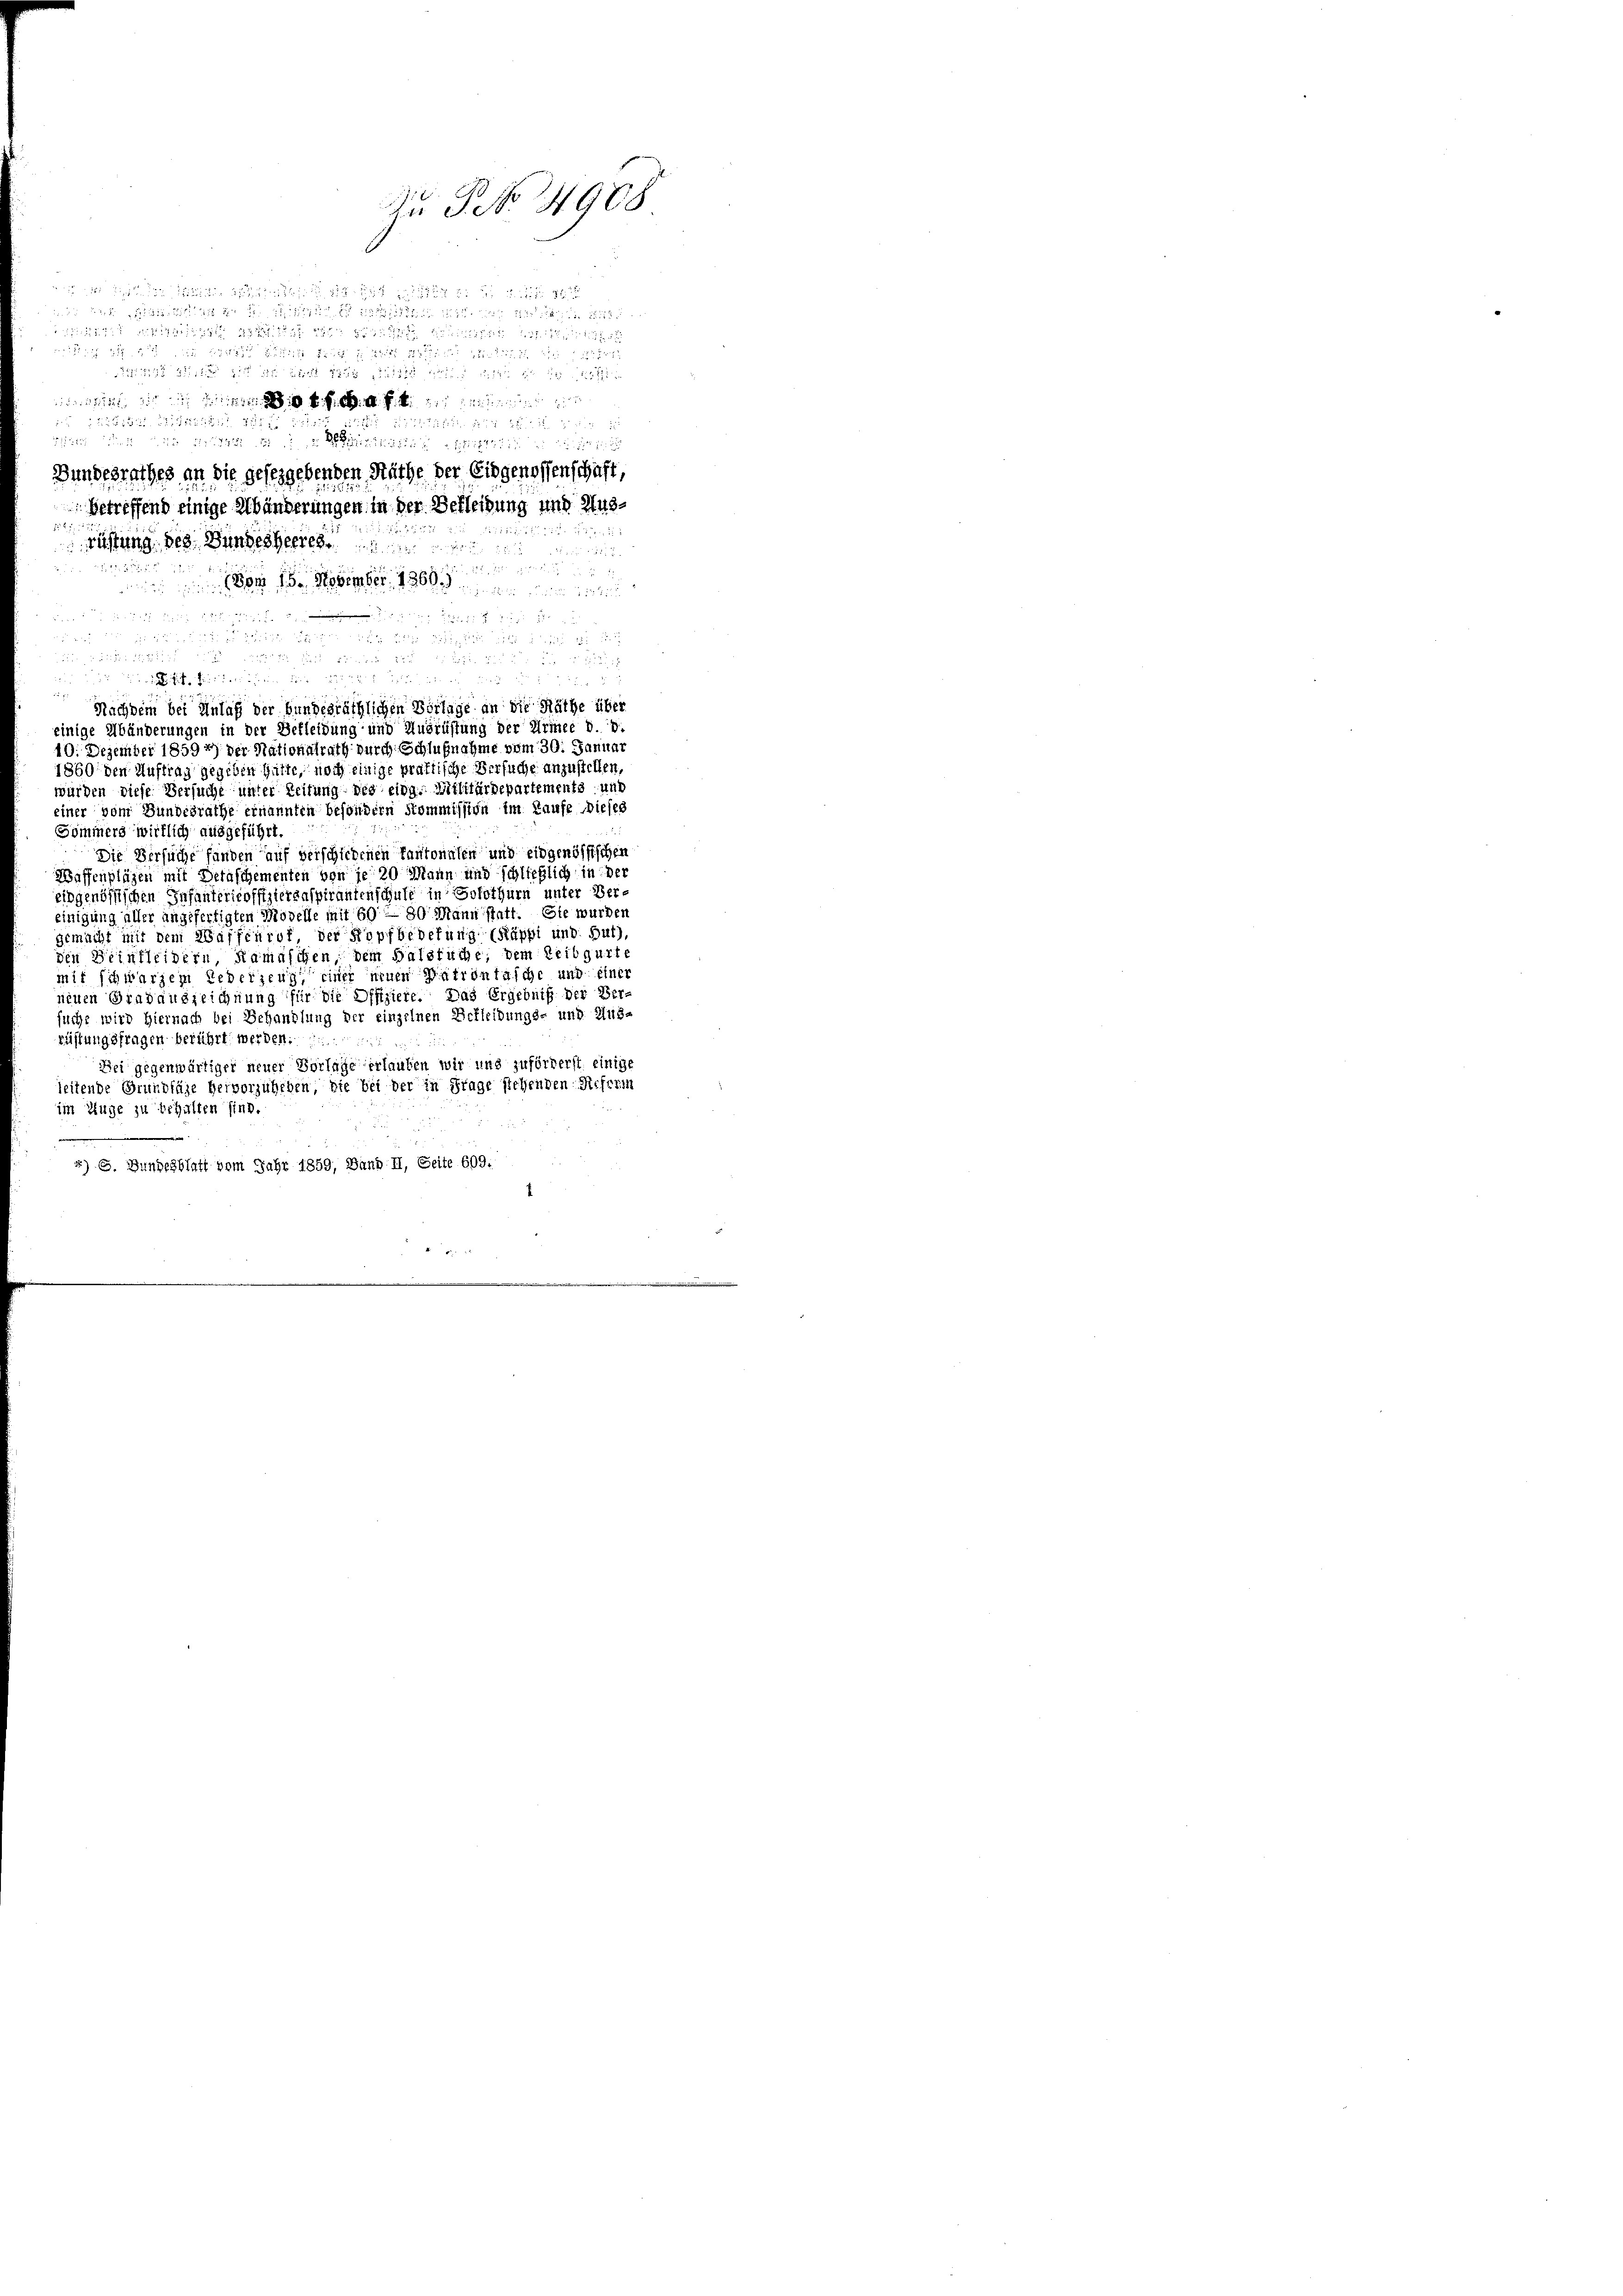
in der die

d

 nennen
 22 § 1321. 215242511 221
e
fften und in die der die nichtlich in Leitu
Bundesrathes an die geseggebenden Räthe der Eidgenossenschaft,
betreffend einige Abänderungen in der Bekleidung und Aus¬

rüstung des Bundesheeres

Vom 15. November 1860.
r 1125 f
2
 12
un
einige Abänderungen in der Bekleidung und Ausrüstung der Erinee d. d.
10. Dezember 18597) der Nationalrath durch Schlußnahme vom 30. Januar
1860 den Auftrag gegeben hatte, noch einige praktische Versuche anzustellen,
würden diese Versuche unter Zeitung des eidg. Militärdepartements, und
einer vom Bundesräthe ernannten besondern Kommission im Laufe dieses
Sommers wirklich ausgeführt.
Die Versuche fänden auf verschiedenen Tantonalen und eidgenössischen
Waffenplägen mit Detaschementen von je 20 Mann und schließlich in der
eidgenössischen Infantericoffiziergaspirantenschule in Solothurn unter Vereinigung aller angefertigten Modelle mit 60, 80 Mann statt. Sie wurden
gemacht mit dem Waffeurot der Kopfbederung (Räppi und Fut),
den Beinkleidern, Ramaschen, dem Balstuche, dem Leibgurte
mit schwarzen Rederzeug einer neuen Patrontasche und einer
neuen Gradauszeichnung für die Offiziere. Das Ergebniß der Versuche wird hiernach bei Behandlung der einzelnen Bekleidungs- und Aus-
rüstungsfragen berührt werden.
Bei gegenwärtiger neuer Vorlage erlauben wir und zuförderst einige
leitende Grundlage hervorzuheben, sie bei der in Frage stehenden Referin
im Auge zu behalten sind.
4) G. Bundesblatt vom Jahr 1859, Band II, Seite 609.

1

2122 89

u

  in den
Nachdem bei Anlag der bundesräthlichen Vorlage an die Räthe über

Du S. No. 4988